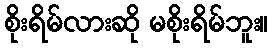
စိုးရိမ်လားဆို မစိုးရိမ်ဘူး။